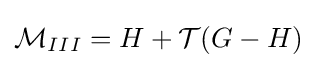
{\mathcal {M}}_{III}=H+{\mathcal {T}}(G-H)